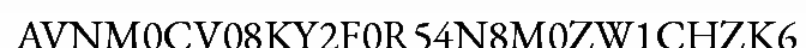
AVNM0CV08KY2F0R54N8M0ZW1CHZK6